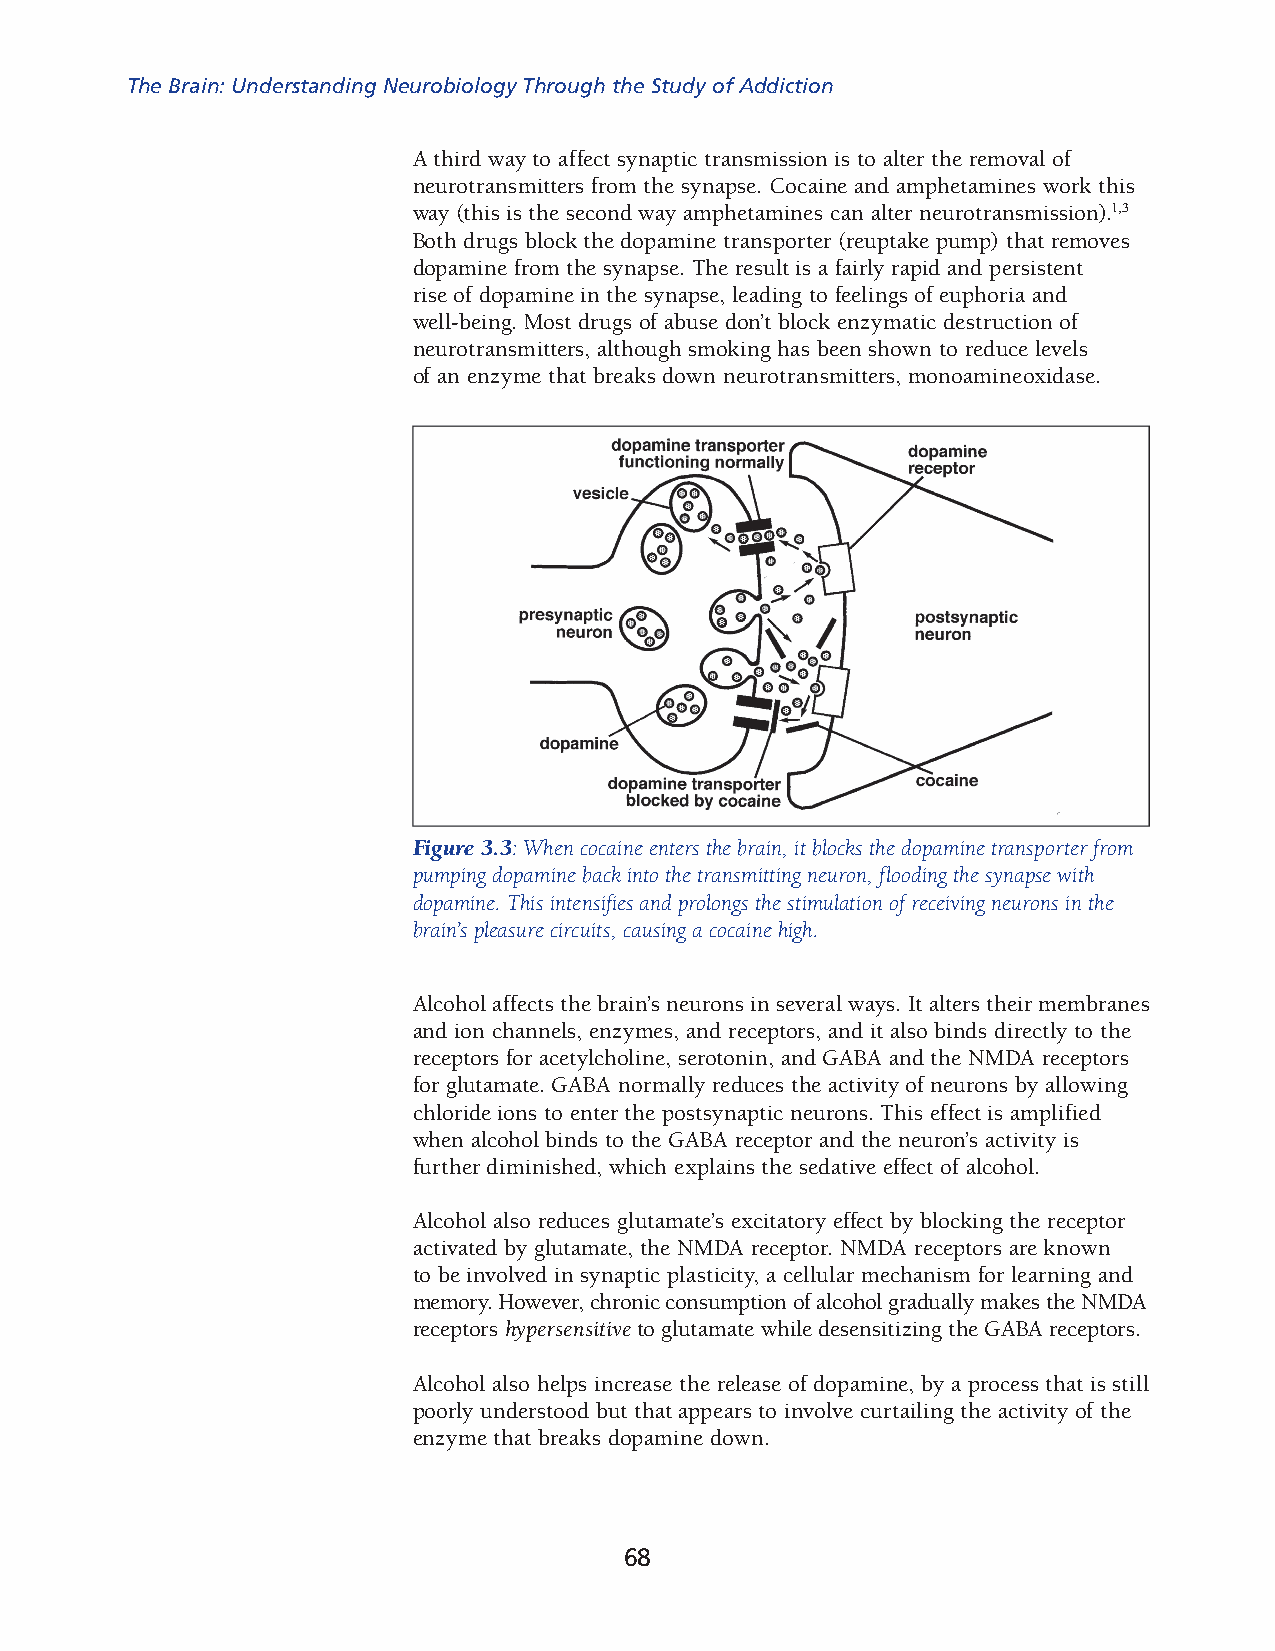
The Brain: Understanding Neurobiology Through the Study of Addiction
 A third way to affect synaptic transmission is to alter the removal of
 neurot ransmitters from the synapse. Cocaine and amphetamines work this
 way (this is the second way amphetamines can alter neurotransmission).1,3
 Both drugs block the dopamine transporter (reuptake pump) that removes
 dopamine from the synapse. The result is a fairly rapid and persistent
 rise of dopamine in the synapse, leading to feelings of euphoria and
 well-being. Most drugs of abuse don’t block enzymatic destruction of
 neurotransmitters, although smoking has been shown to reduce levels
 of an enzyme that breaks down neurotransmitters, monoamineoxidase.
 Figure 3.3: When cocaine enters the brain, it blocks the dopamine transporter from
 pumping dopamine back into the transmitting neuron, flooding the synapse with
 dopamine. This intensif ies and prolongs the stimulation of receiving neurons in the
 brain’s pleasure circuits, causing a cocaine high.
 Alcohol affects the brain’s neurons in several ways. It alters their membranes
 and ion channels, enzymes, and receptors, and it also binds directly to the
 receptors for acetylcholine, serotonin, and GABA and the NMDA receptors
 for glutamate. GABA normally reduces the activity of neurons by allowing
 chloride ions to enter the postsynaptic neurons. This effect is amplified
 when alcohol binds to the GABA receptor and the neuron’s activity is
 further diminished, which explains the sedative effect of alcohol.
 Alcohol also reduces glutamate’s excitatory effect by blocking the receptor
 activated by glutamate, the NMDA receptor. NMDA receptors are known
 to be involved in synaptic plasticity, a cellular mechanism for learning and
 memory. However, chronic consumption of alcohol gradually makes the NMDA
 receptors hypersensitive to glutamate while desensitizing the GABA receptors.
 Alcohol also helps increase the release of dopamine, by a process that is still
 poorly understood but that appears to involve curtailing the activity of the
 enzyme that breaks dopamine down.
 68